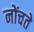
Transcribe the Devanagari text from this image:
नोंचते